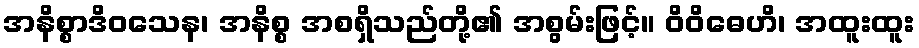
အနိစ္စာဒိဝသေန၊ အနိစ္စ အစရှိသည်တို့၏ အစွမ်းဖြင့်။ ဝိဝိဓေဟိ၊ အထူးထူး